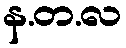
န.တ.လ